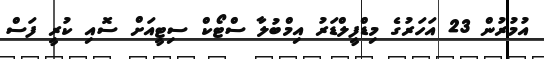
އުމުރުން 23 އަހަރުގެ މިޑްފީލްޑަރު އިމްބުލާ ސްޓޯކް ސިޓީއަށް ސޮއި ކުރީ ފަސް